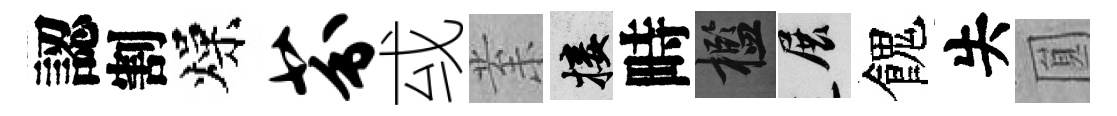
認割燥芬㦯𭪙接畤檻展餽失圎